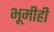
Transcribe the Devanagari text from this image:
भूमीही